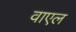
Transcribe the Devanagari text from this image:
वाएल